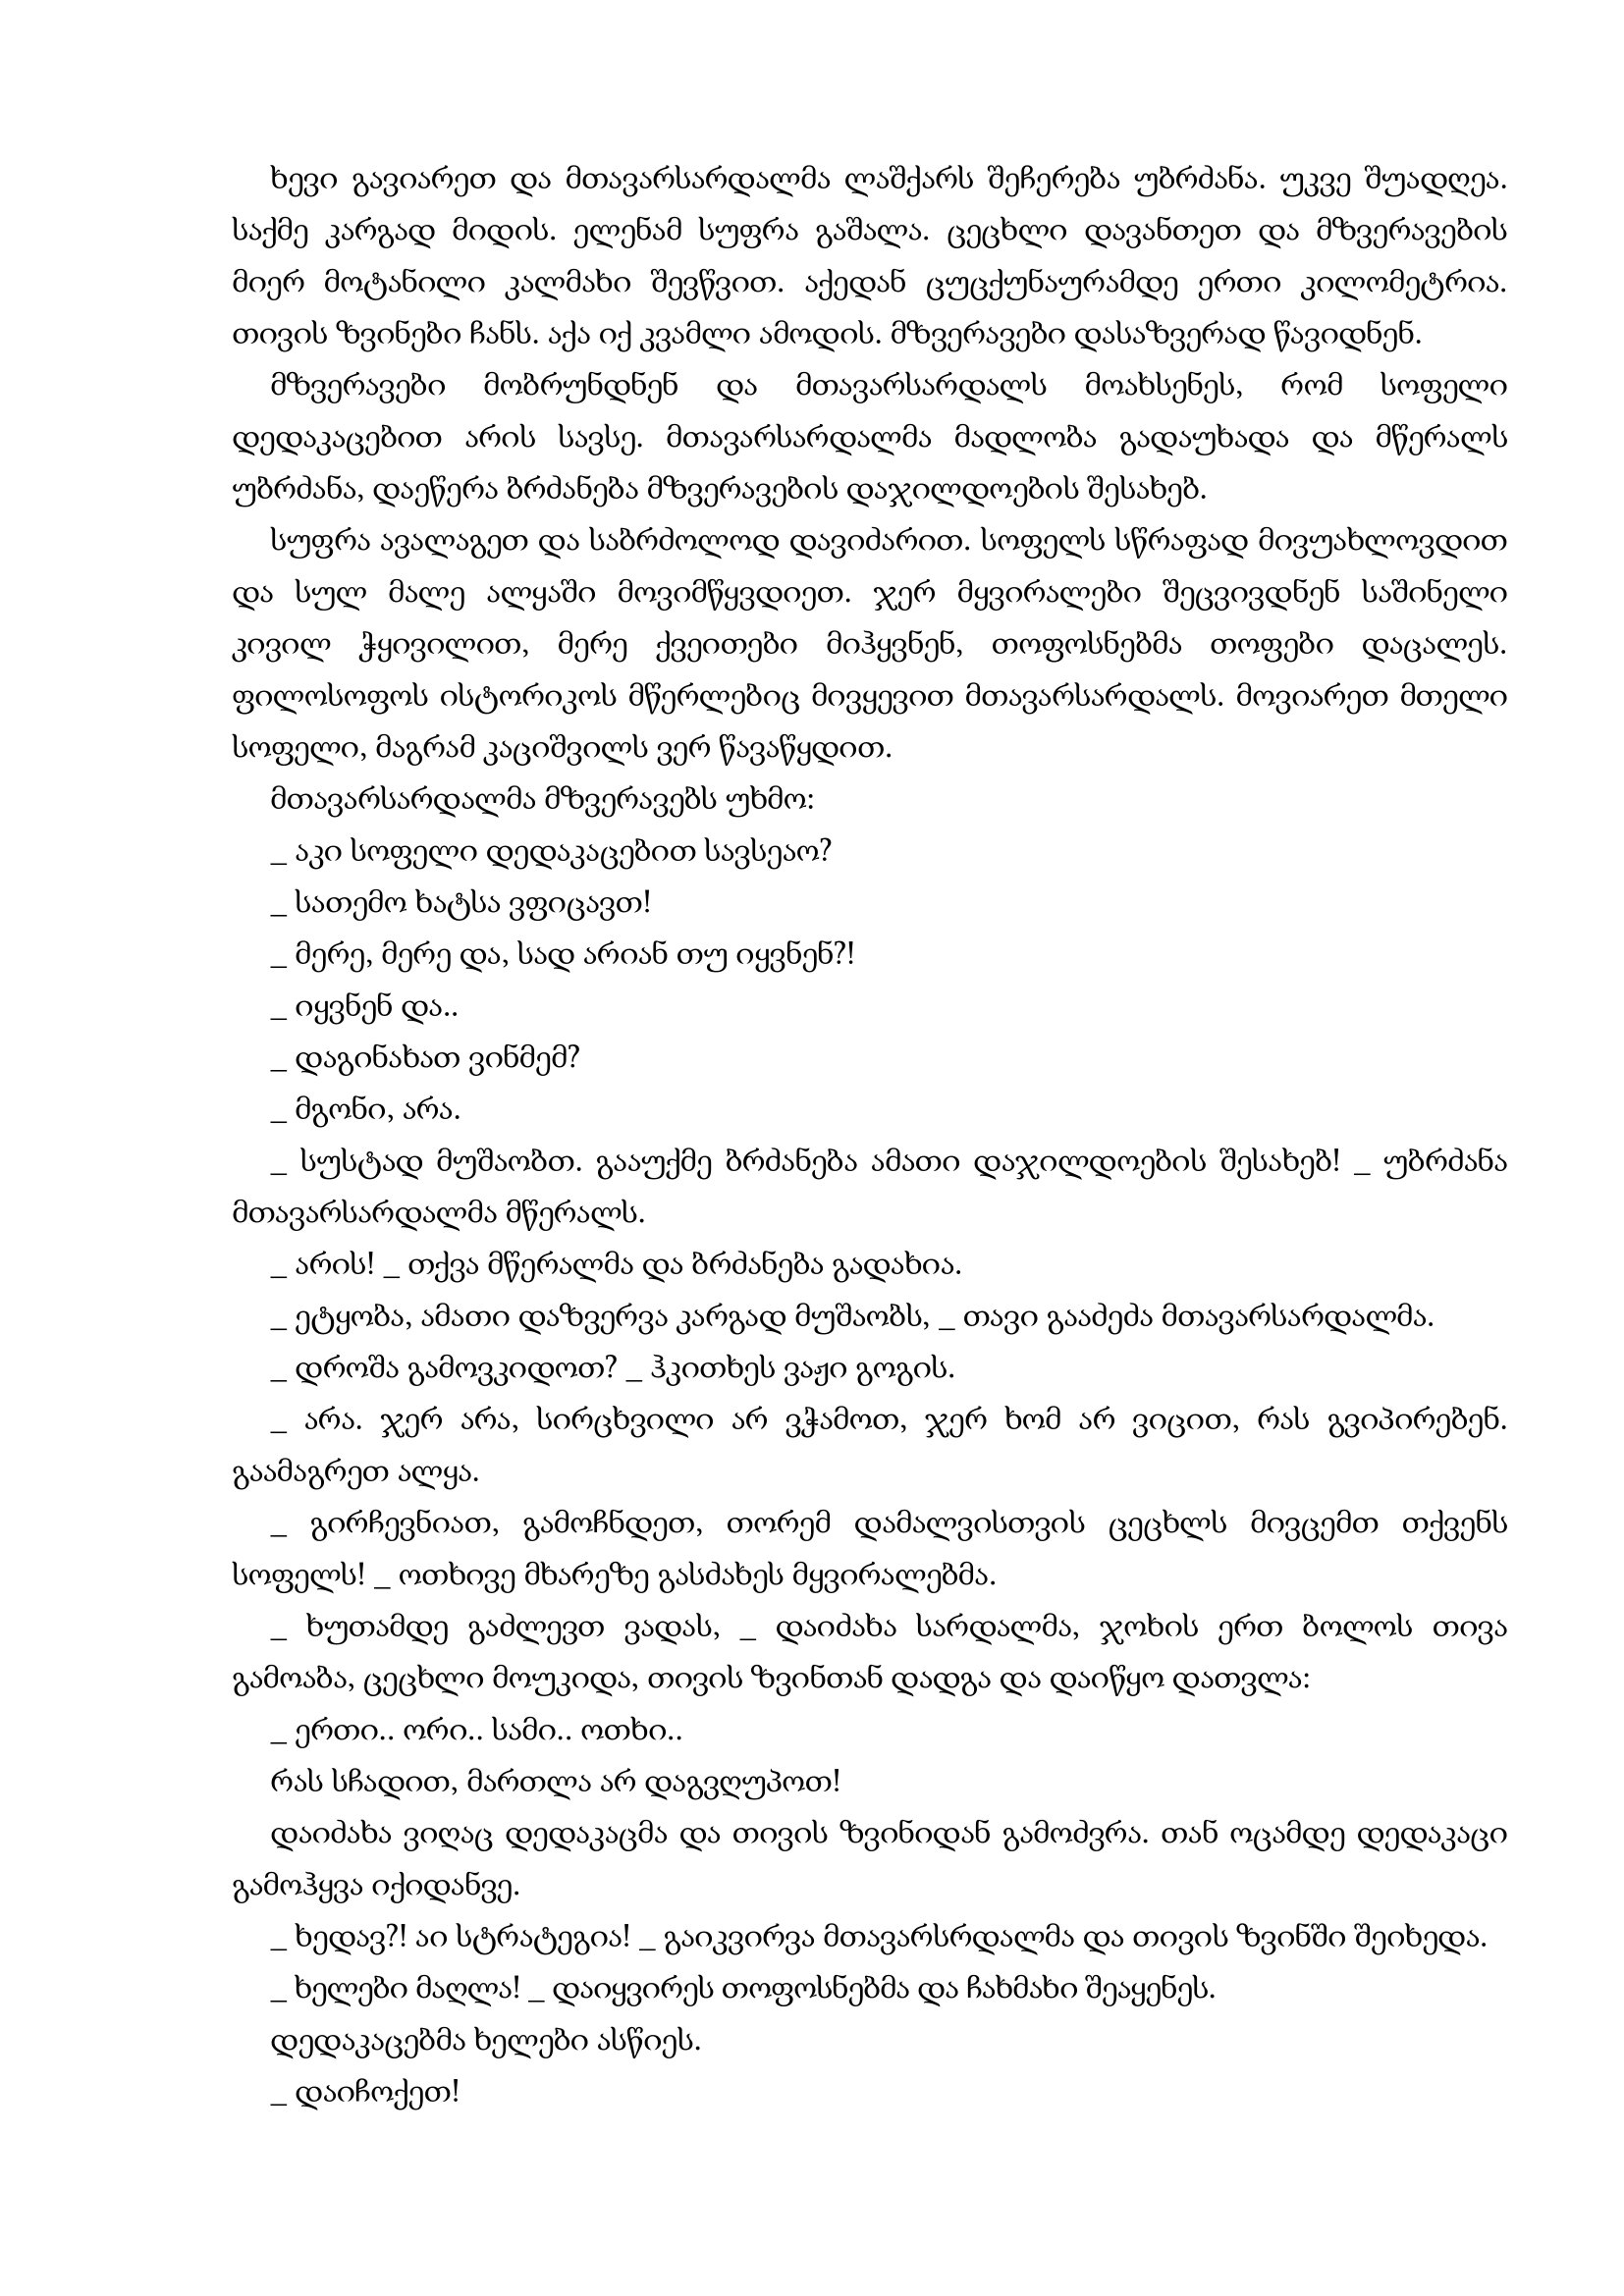
Language: gr